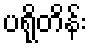
ပရိုတိန်း